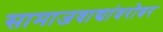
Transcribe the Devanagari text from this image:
सामाजवाद्यांवरोबर